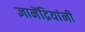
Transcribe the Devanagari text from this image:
ज्ञानेंद्रियांनी